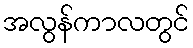
အလွန်ကာလတွင်